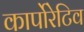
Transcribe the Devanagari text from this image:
कार्पोरेटिव